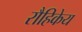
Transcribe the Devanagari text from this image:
रौहिकेय